[Report on the health of British troops in the Madras command]
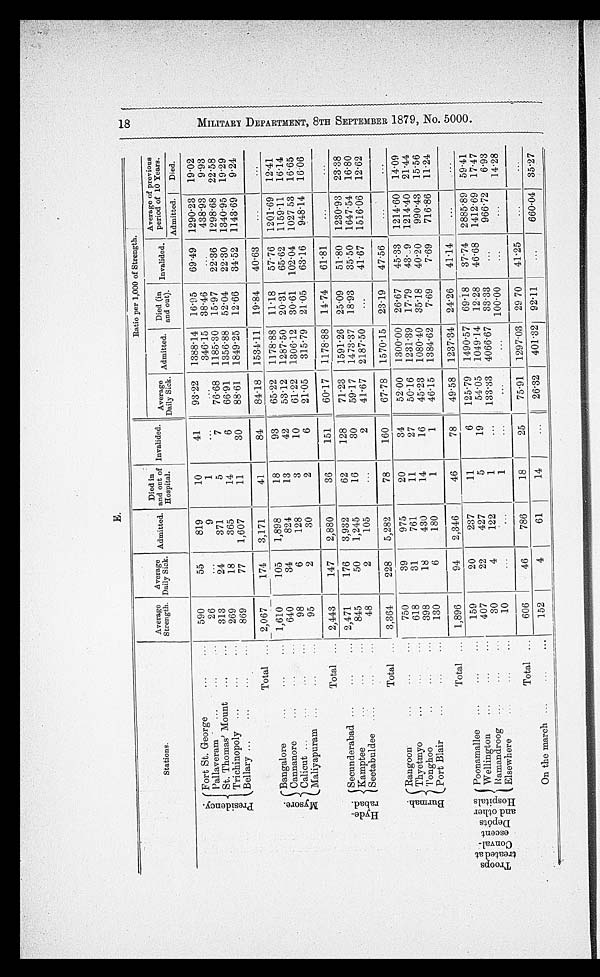
E.
Stations.
Average
Strength.
Average
Daily Sick. Admitted.
Died in
and out of
Hospital.
Invalided.
Ratio per 1,000 of Strength.
Average
Daily Sick. Admitted. Died (in
and out). Invalided.
Average of previous
period of 10 Years.
Admitted.
Died.
P r e s i d e n c y .
Fort St. George
590
55
819
10
41
93.22 1388.14 16.95
69.49 1290.23 19.02
Pallaveram
26
. . .
9
1
. . .
. . . 346.15 38.46
...
438.93
9.93
St. Thomas' Mount
313
24
371
5
7
76.68 1185.30 15.97
22.36 1298.68 22.58
Trichinopoly
269
18
365
14
6
66.91 1356.88 52.04
22.30 1340.95 19.29
Bellary
869
77
1,607
11
30
88.61 1849.25 12.66
34.52 1143.69
9.24
Total
2,067
174
3,171
41
84
84.18 1534.11 19.84
40.63
...
. . .
M y s o r e .
Bangalore
1,610
105
1,898
18
93
65.22 1178.88 11.18
57.76 1201.69 12.41
Cannanore
640
34
824
13
42
53.12 1287.50 20.31
65.62 1159.11 16.14
Calicut
98
6
128
3
10
61.22 1306.12 30.61 102.04 1027.53 16.65
Maliyapuram
95
2
30
2
6
21.05
315.79 21.05
63.16
948.14 16.06
Total
2,443
147
2,880
36
151
60.17 1178.88 14.74
61.81
...
...
H y d e - r a b a d .
Secunderabad
2,471
176
3,932
62
128
71.23 1591.26 25.09
51.80 1230.93 23.38
Kamptee
845
50
1,245
16
30
59.17 1473.37 18.93
35.50 1647.54 16.80
Seetabuldee
48
2
105
...
2
41.67 2187.50
...
41.67 1516.06 12.62
Total
3,364
228
5,282
78
160
67.78 1570.15 23.19
47.56
...
...
B u r m a h .
Rangoon
750
39
975
20
34
52.00 1300.00 26.67
45.33 1214.60 14.09
Thyetmyo
618
31
761
11
27
50.16 1231.39 17.79
43.59 1214.40 21.44
Tonghoo
398
18
430
14
16
45.23 1080.40 35.18
40.20
990.43 15.56
Port Blair
130
6
180
1
1
46.15 1384.62
7.69
7.69
716.86 11.24
Total
1,896
94
2,346
46
78
49.58 1237.34 24.26
41.14
...
...
T r o o p s t r e a t e d a t C o n v a l - e s c e n t D e p ô t s a n d o t h e r H o s p i t a l s Poonamallee
159
20
237
11
6
125.79 1490.57 69.18
37.74 2885.89 59.41
Wellington
407
22
427
5
19
54.05 1049.14 12.28
46.68 1412.69 17.47
Ramandroog
30
4
122
1
. . .
133.33 4066.67 33.33
...
966.72
6.93
Elsewhere
10
...
...
1
...
...
...
100.00
. . . ...
14.28
Total
606
46
786
18
25
75.91 1297.03 29.70
41.25
...
...
On the march
152
4
61
14 ...
26.32
401.32 92.11
...
660.04 35.27